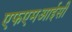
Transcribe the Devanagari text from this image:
एफएमआईसी